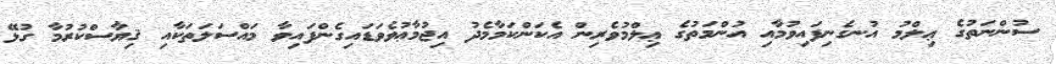
ސުންނަތުގެ ޢިލްމު އުނގެނިފައިވުމާއި އުންމަތުގެ ޢިލްމުވެރިން އެކަންކަމާމެދު އިޖުމާޢުވެވަޑައިގެންފައިވާ މައްސަލަތަކާއި ޤިޔާސްކުރުމާ ގުޅޭ